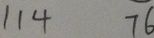
1 1 4 7 6